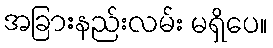
အခြားနည်းလမ်း မရှိပေ။